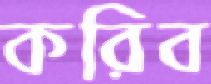
করিব